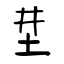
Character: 坓